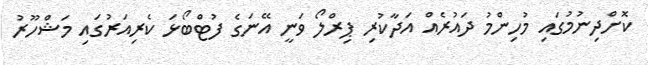
ކޮށްދިނުމުގައި މުހިންމު ދައުރެއް އަދާކުރި ޕިރްލޯ ވަނީ އޭނަގެ ފުޓްބޯޅަ ކެރިއަރުގައި މަޝްހޫރު